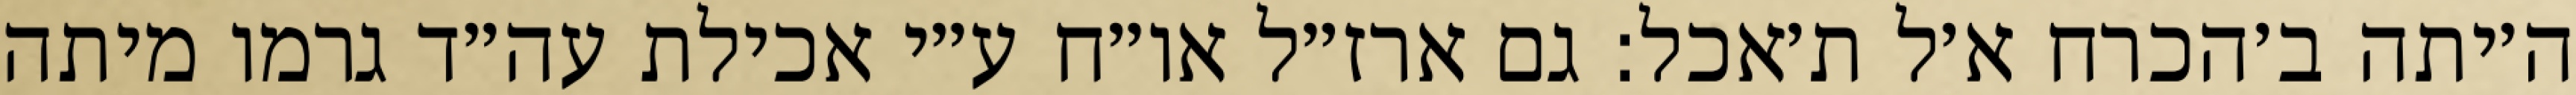
ה׳יתה ב׳הכרח א׳ל ת׳אכל: גם ארז״ל או״ח ע״י אכילת עה״ד גרמו מיתה